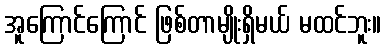
အူကြောင်ကြောင် ဖြစ်တာမျိုးရှိမယ် မထင်ဘူး။